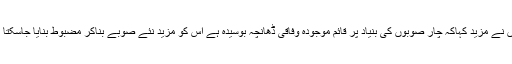
انہوں نے مزید کہاکہ چار صوبوں کی بنیاد پر قائم موجودہ وفاقی ڈھانچہ بوسیدہ ہے اس کو مزید نئے صوبے بناکر مضبوط بنایا جاسکتا ہے۔